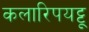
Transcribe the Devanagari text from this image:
कलारिपयट्टू